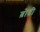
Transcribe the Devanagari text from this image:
ब्रोदी